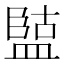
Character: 𭾏